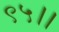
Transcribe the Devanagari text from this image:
९५।।